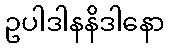
ဥပါဒါနနိဒါနော